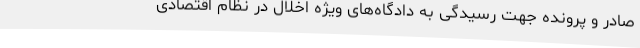
صادر و پرونده جهت رسیدگی به دادگاه‌های ویژه اخلال در نظام اقتصادی